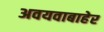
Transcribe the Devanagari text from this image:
अवयवाबाहेर